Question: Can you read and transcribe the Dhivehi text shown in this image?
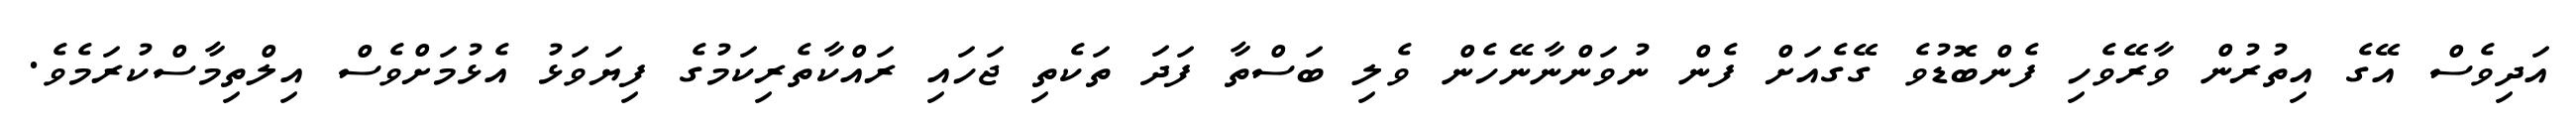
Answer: އަދިވެސް އޭގެ އިތުރުން ވާރޭވެހި ފެންބޮޑުވެ ގޭގެއަށް ފެން ނުވަންނާނޭހެން ވެލި ބަސްތާ ފަދަ ތަކެތި ޖަހައި ރައްކާތެރިކަމުގެ ފިޔަވަޅު އެޅުމަށްވެސް އިލްތިމާސްކުރަމެވެ.